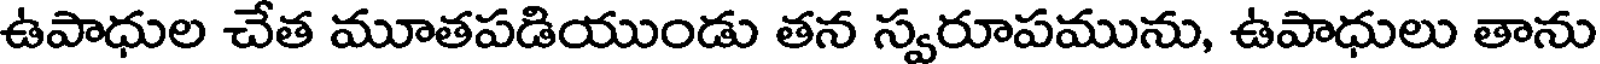
ఉపాధుల చేత మూతపడియుండు తన స్వరూపమును, ఉపాధులు తాను